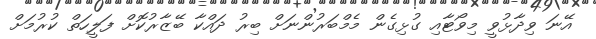
އޭނަ ވިދާޅުވީ މިވޯޓާއި ގުޅިގެން މެމްބަރުންނަށް ބިރު ދައްކާ ބޭޒާރުކޮށް ފަލީހަތް ކުރުމަށް